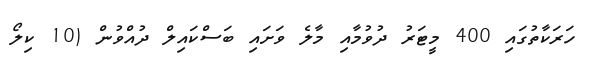
ހަރަކާތުގައި 400 މީޓަރު ދުވުމާއި މާލެ ވަށައި ބަސްކައިލް ދުއްވުން (10 ކިލޯ